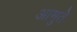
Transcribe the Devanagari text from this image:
आमुते